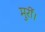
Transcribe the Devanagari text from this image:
मुर्री।